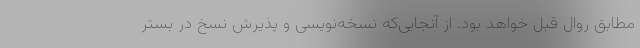
مطابق روال قبل خواهد بود. از آنجایی‌که نسخه‌نویسی و پذیرش نسخ در بستر